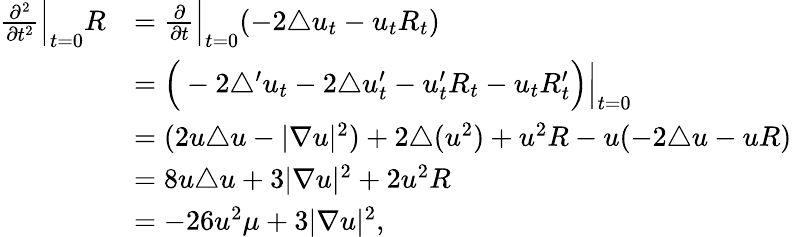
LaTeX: \begin{array}{rl}{\frac{\partial^{2}}{\partial t^{2}}\Big|_{t=0}R}&{=\frac{\partial}{\partial t}\Big|_{t=0}(-2\triangle u_{t}-u_{t}R_{t})}\\ &{=\Big(-2\triangle^{\prime}u_{t}-2\triangle u_{t}^{\prime}-u_{t}^{\prime}R_{t}-u_{t}R_{t}^{\prime}\Big)\Big|_{t=0}}\\ &{=(2u\triangle u-|\nabla u|^{2})+2\triangle(u^{2})+u^{2}R-u(-2\triangle u-uR)}\\ &{=8u\triangle u+3|\nabla u|^{2}+2u^{2}R}\\ &{=-26u^{2}\mu+3|\nabla u|^{2},}\end{array}